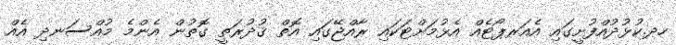
ހދ.ކުޅުދުއްފުށީގައި އެއަރޕޯޓެއް އެޅުމަށްޓަކައި ރާއްޖޭގައި އޮތް ޤުދުރަތީ ގޮތުން އެންމެ މުއްސަނދި އެއް